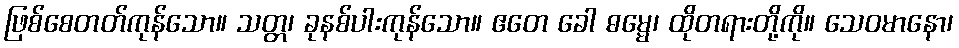
ဖြစ်စေတတ်ကုန်သော။ သတ္တ၊ ခုနစ်ပါးကုန်သော။ ဧတေ ခေါ ဓမ္မေ၊ ထိုတရားတို့ကို။ သေဝမာနော၊